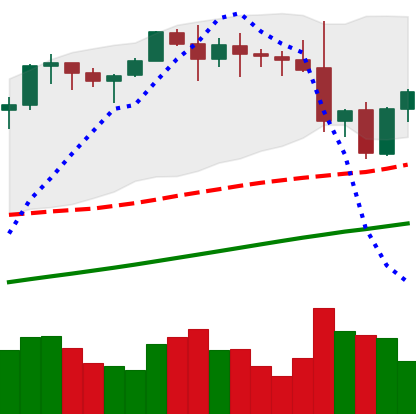
Ticker: ETH-USD
Chart end date: 2021-11-20
Forward return: -3.066%
Label: down_3_5